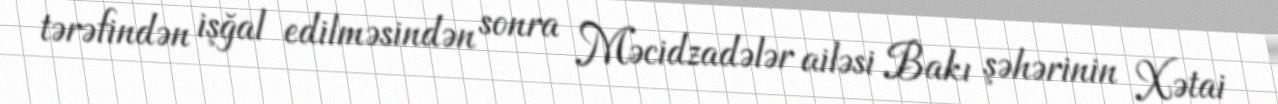
tərəfindən işğal edilməsindən sonra Məcidzadələr ailəsi Bakı şəhərinin Xətai